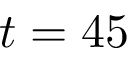
t = 4 5